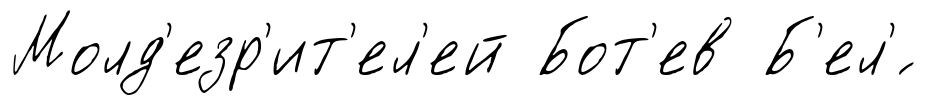
Молд'езр'ит'ел'ей Бот'ев Б'ел'́